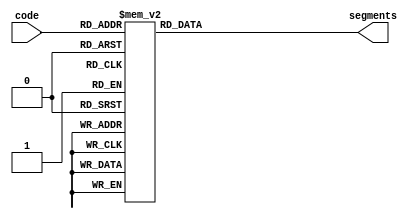
module display(
	input wire [3:0]code,
	output reg [6:0]segments);

	initial segments <= 7'b0111111;
	
	always @*
	begin
		case(code)
		4'd0: segments = 7'b0111111;
		4'd1: segments = 7'b0000110;
		4'd2: segments = 7'b1011011;
		4'd3: segments = 7'b1001111;
		4'd4: segments = 7'b1100110;
		4'd5: segments = 7'b1101101;
		4'd6: segments = 7'b1111101;
		4'd7: segments = 7'b0000111;
		4'd8: segments = 7'b1111111;
		4'd9: segments = 7'b1101111;
		4'd10: segments = 7'b1110111;
		4'd11: segments = 7'b1111100;
		4'd12: segments = 7'b0111001;
		4'd13: segments = 7'b1011110;
		4'd14: segments = 7'b1111011;
		4'd15: segments = 7'b1110001;
		endcase
	end
endmodule